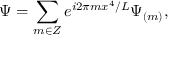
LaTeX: \Psi = \sum _ { m \in Z } e ^ { i 2 \pi m x ^ { 4 } / L } \Psi _ { ( m ) } ,